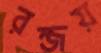
রন্জয়